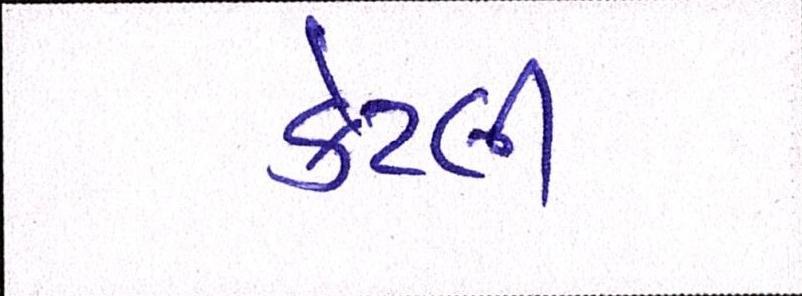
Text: કેટલી